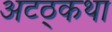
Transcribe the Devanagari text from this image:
अटठ्कथा